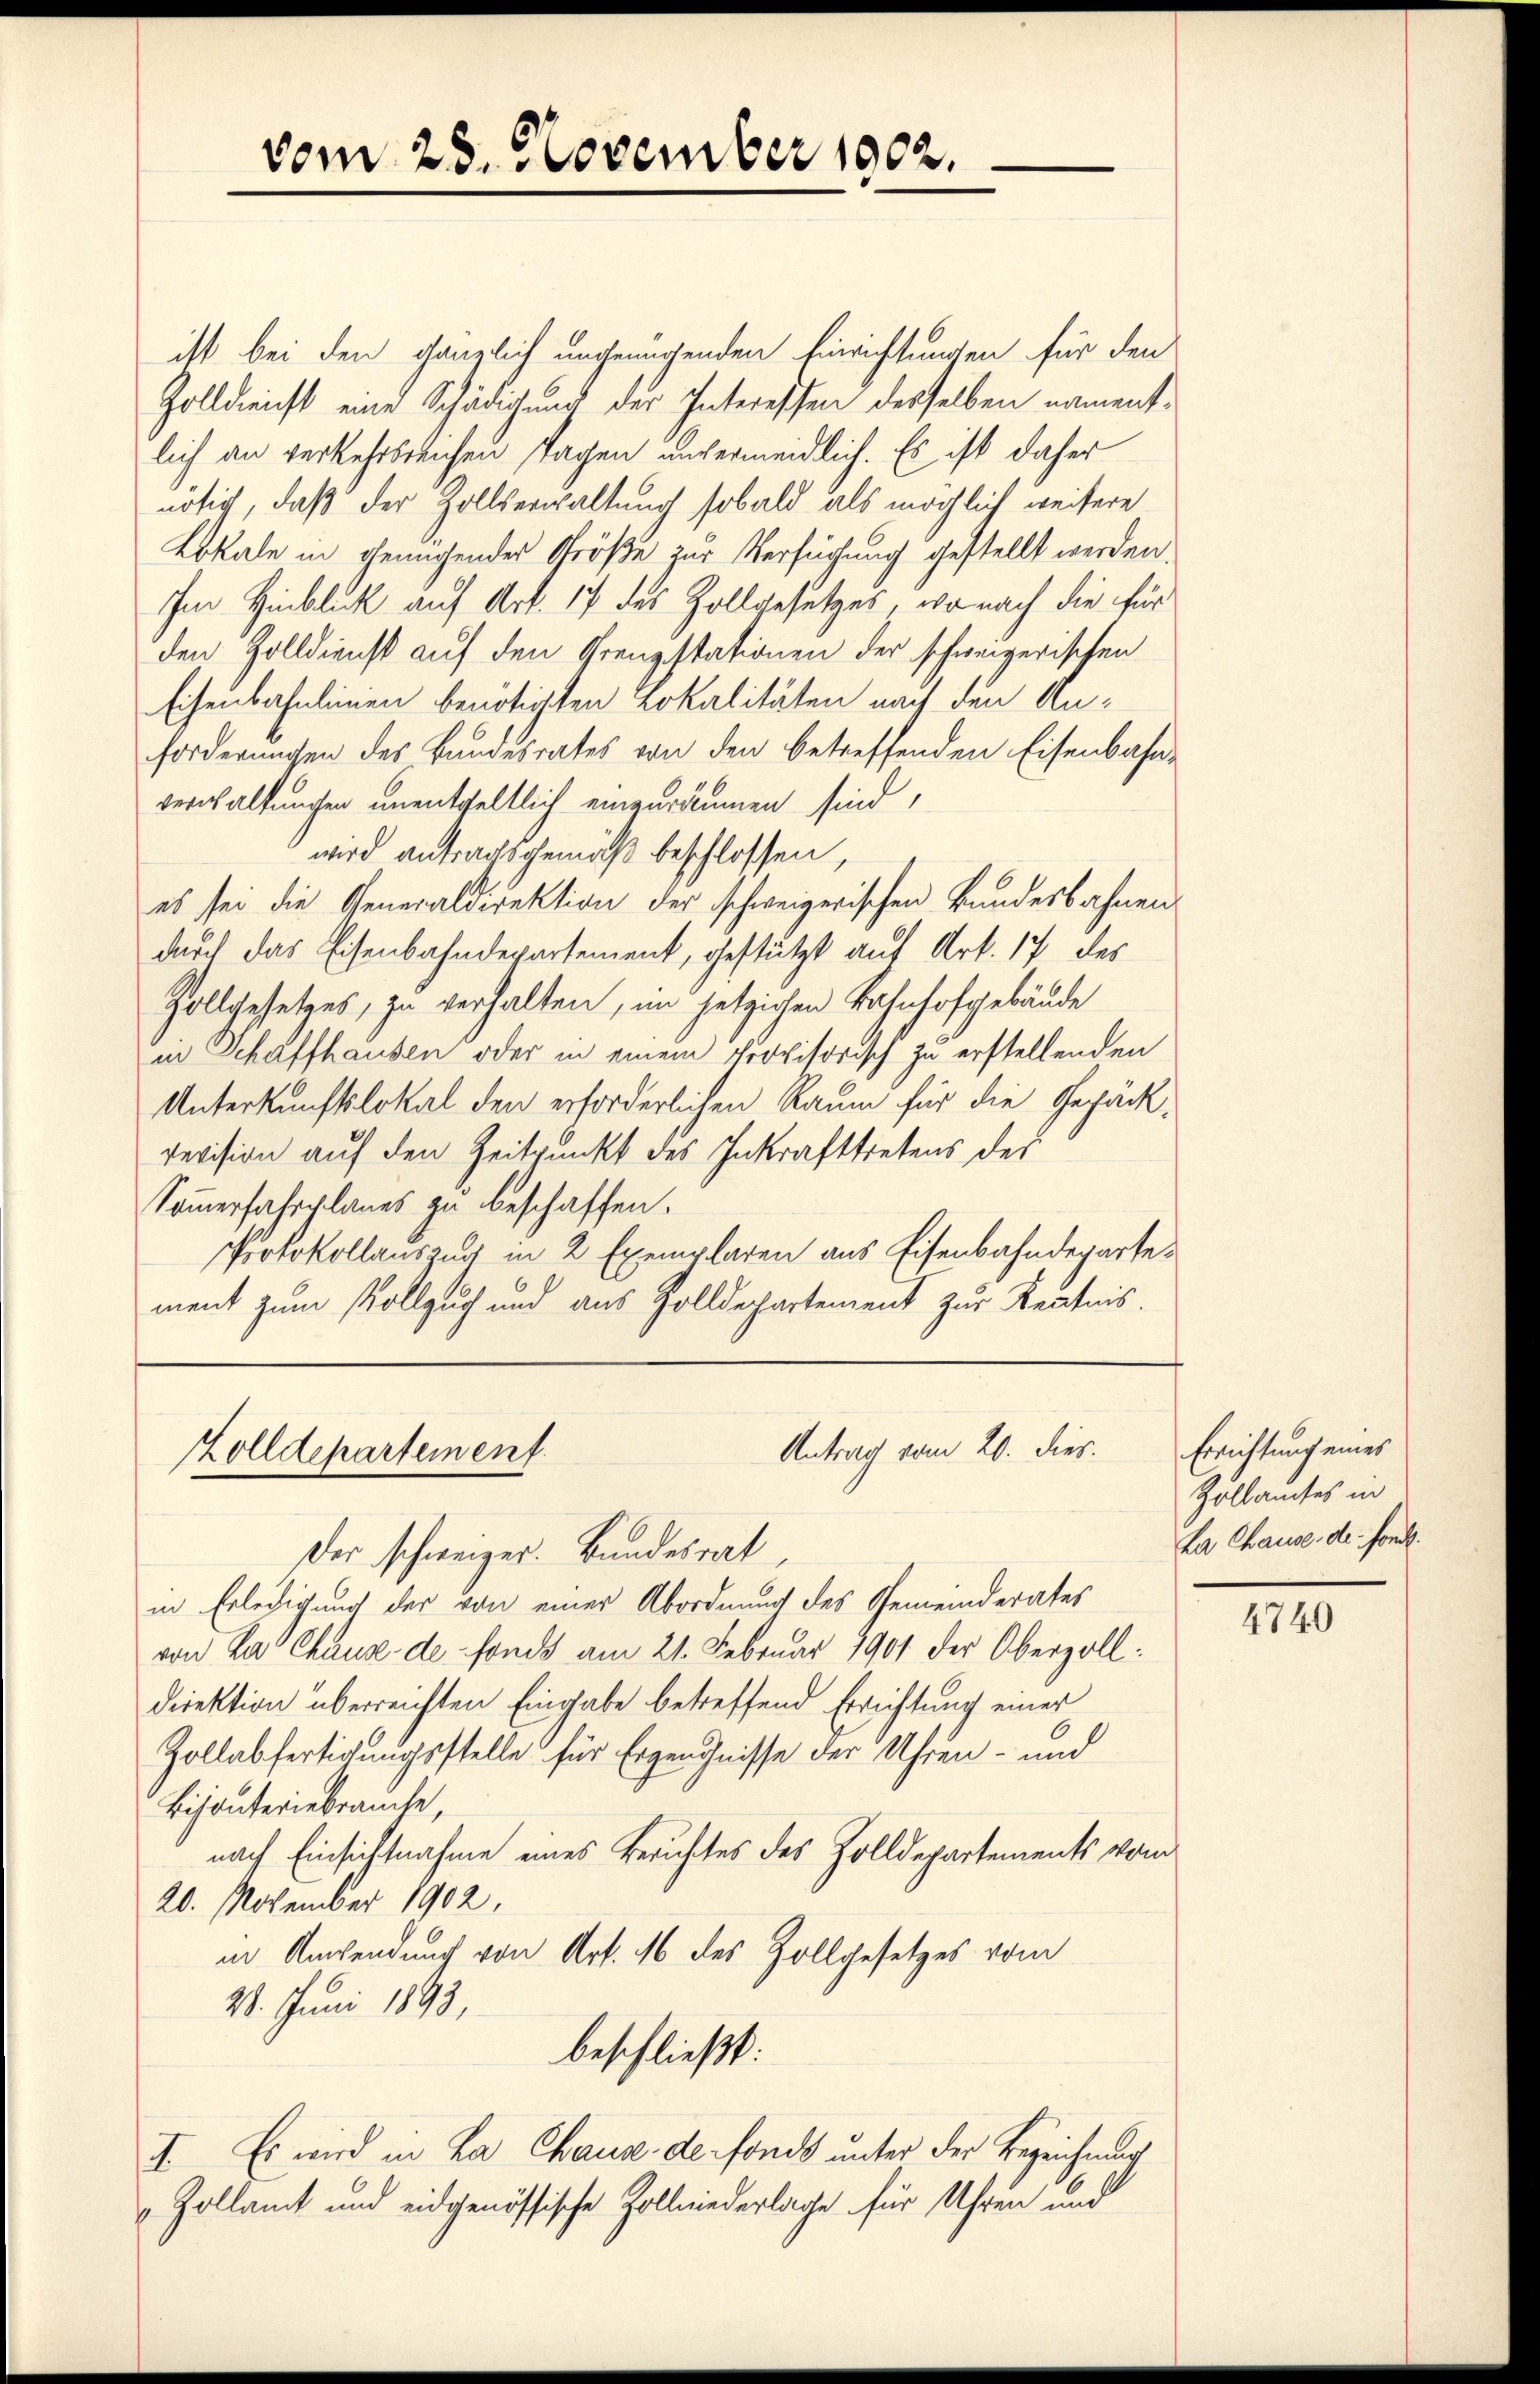
ist bei den gänzlich ungenügenden Einrichtungen für den
Zolldienst eine Schädigung der Interessen desselben namentlich an verkehrsreichen Tagen unvermeidlich. Es ist daher
nötig, daß der Zollverwaltung sobald als möglich weisere
Lokale in genügender Größe zur Verfügung gestellt werden.
Im Hinblick auf Art. 17 des Zollgesetzes, wo nach die für
den Zolldienst auf den Grenzstationen der schweizerischen
Eisenbahnlinien benotirten Lokalitäten nach den Anforderungen des Bundesrates von den betreffenden Eisenbahn-
verwaltungen unentgeltlich einzuräumen sind,
wird antragsgemäß beschlossen,
es sei die Generaldirektion der schweizerischen Bundesbahnen
durch das Eisenbahndepartement, gestützt auf Art. 17 des
Zollgesetzes, zu verhalten, im jetzigen Bahnhofgebäude
in Schaffhausen oder in einem provisorisch zu erstellenden
Unterkunftslokal den erforderlichen Raum für die Gepäck¬
Revision auf den Zeitpunkt des Inkrafttretens des
Sommerfahrplanes zu beschaffen.
Protokollauszug in 2 Exemplaren aus Eisenbahndepartement zum Vollzuch und aus Zolldepartement zur Kentnis.

vom 28. November 1902.

Antrag vom 20. dies.
Zolldepartement.
Der schweizer. Bundesrat,

in Erledigung der von einer Abordnung des Gemeinderates
von Par Chaus de fonds am 21. Februar 1901 der Oberzolldirektion überreichten Eingabe betreffend Errichtung einer
Zollabfertigungsstelle für Erzeugnisse der Uhren- und
Bisanteriebrauche,
nach Einsichtnahme eines Beruhtes des Zolldepartements vom
20. November 1902,
in Anwendung von Art. 16 des Zollgesetzes vom
21. Juni 1893,
beschließt:
II. Es wird in La Chaus de fonds unter der Bezeichnung
 Zollamt und eidgenössische Zollniederlage für Uhren und

Errichtung eines
Zollamtes in
ha Chause de fond.

4740